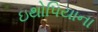
ઇથોપિયાના